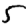
Digit: 5